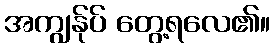
အကျွန်ုပ် တွေ့ရလေ၏။